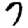
Digit: 7